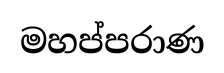
මහප්පරාණ